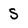
Character: S